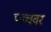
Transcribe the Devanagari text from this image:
पाचवर